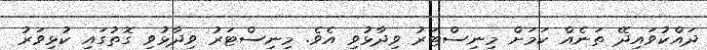
ދައްކުވައިދޭ ތަނެއް ކަމަށް މިނިސްޓަރު ވިދާޅުވި އެވެ. މިނިސްޓަރު ވިދާޅުވި ގޮތުގައި ކުޅިވަރު